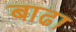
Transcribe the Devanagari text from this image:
बाढा